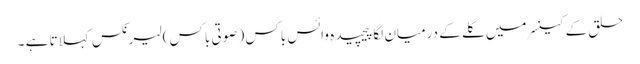
حلق کے کینسر میں گلے کے درمیان لگا پیچیدہ وائس باکس ( صوتی باکس) لیرنکس کہلاتا ہے ۔